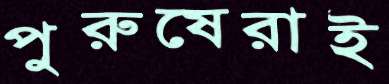
পুরুষেরাই